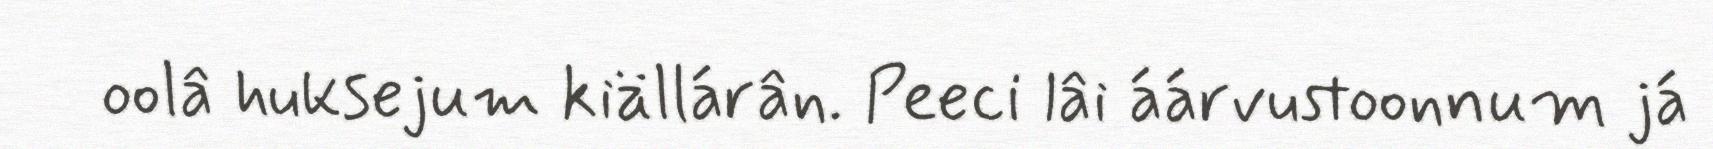
oolâ huksejum kiällárân. Peeci lâi áárvustoonnum já